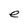
Character: e